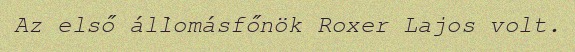
Az első állomásfőnök Roxer Lajos volt.